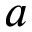
a